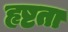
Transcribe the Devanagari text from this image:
हृष्टता